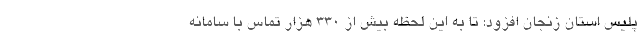
پلیس استان زنجان افزود: تا به این لحظه بیش از 330 هزار تماس با سامانه